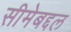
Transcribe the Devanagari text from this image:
सीमेबद्दल